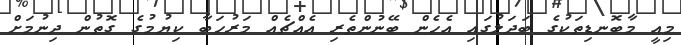
މިއީ މާބޮނޑިތަކުގެ ބަދަލުގައި އެހެން ބޭނުންތެރި އެއްޗެއް މަރުހަބާ ކިޔުމުގެ ގޮތުން ދިނުމަށް